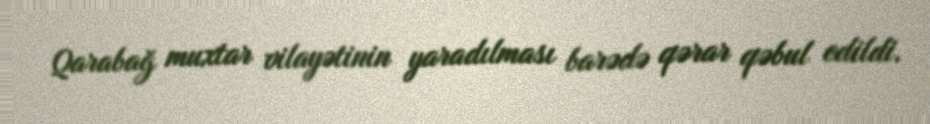
Qarabağ muxtar vilayətinin yaradılması barədə qərar qəbul edildi.